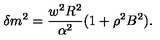
\delta m ^ { 2 } = \frac { w ^ { 2 } R ^ { 2 } } { \alpha ^ { 2 } } ( 1 + \rho ^ { 2 } B ^ { 2 } ) .